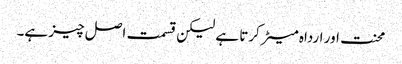
محنت اور ارداہ میٹر کرتا ہے لیکن قسمت اصل چیز ہے۔